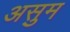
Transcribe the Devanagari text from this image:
असुम